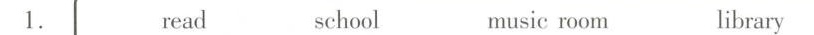
1. read school music room library